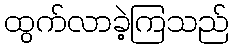
ထွက်လာခဲ့ကြသည်